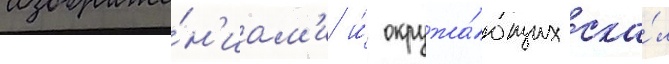
изображе́н'иам'и и́ окружа́ющих ска́л